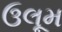
ઉલૂમ